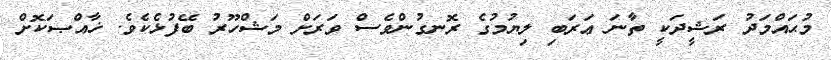
މުޙައްމަދު ރަޝީދަކީ ތާނަ ޢަރަބި ލިޔުމުގެ ރޮނގުންވެސް ވަރަށް މަޝްހޫރު ބޭފުޅެކެވެ. ޚާއްޞަކޮށް